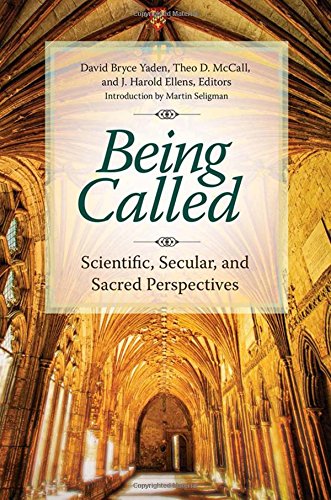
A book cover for Being Called: Scientific, Secular, and Sacred Perspectives; David Bryce Yaden; Religion & Spirituality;